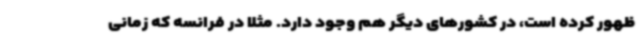
ظهور کرده است، در کشورهای دیگر هم وجود دارد. مثلاً در فرانسه که زمانی